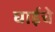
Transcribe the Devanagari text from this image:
घाईचे